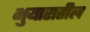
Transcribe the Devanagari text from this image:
भुयारातील